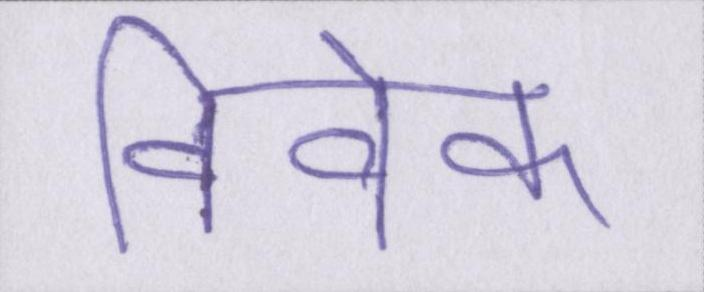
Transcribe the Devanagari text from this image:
विवेक